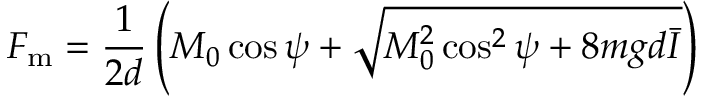
F _ { \mathrm { m } } = \frac { 1 } { 2 d } \left( M _ { 0 } \cos \psi + \sqrt { M _ { 0 } ^ { 2 } \cos ^ { 2 } \psi + 8 m g d \bar { I } } \right)